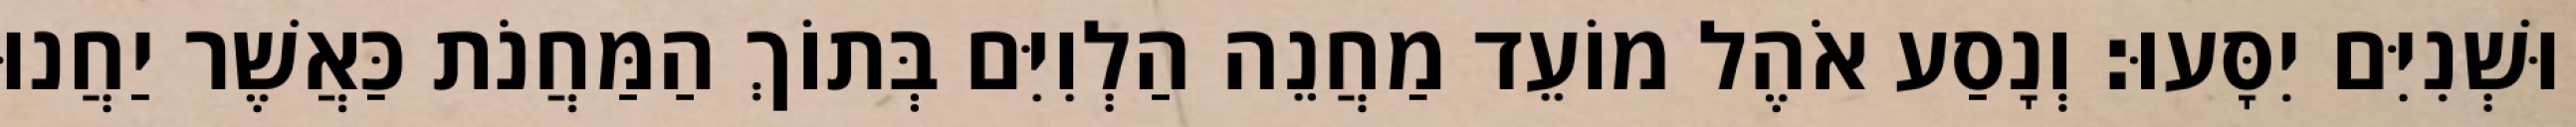
וּשְׁנִיִּם יִסָּעוּ׃ וְנָסַע אֹהֶל מוֹעֵד מַחֲנֵה הַלְוִיִּם בְּתוֹךְ הַמַּחֲנֹת כַּאֲשֶׁר יַחֲנוּ